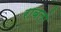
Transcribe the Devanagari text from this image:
राबलो